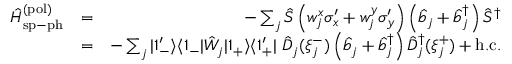
\begin{array} { r l r } { \hat { H } _ { \mathrm { s p - p h } } ^ { \mathrm { ( p o l ) } } } & { = } & { - \sum _ { j } \hat { S } \left( w _ { j } ^ { x } \sigma _ { x } ^ { \prime } + w _ { j } ^ { y } \sigma _ { y } ^ { \prime } \right) \left( \hat { b } _ { j } + \hat { b } _ { j } ^ { \dagger } \right) \hat { S } ^ { \dagger } } \\ & { = } & { - \sum _ { j } | 1 _ { - } ^ { \prime } \rangle \langle 1 _ { - } | \hat { W } _ { j } | 1 _ { + } \rangle \langle 1 _ { + } ^ { \prime } | \ \hat { D } _ { j } ( \xi _ { j } ^ { - } ) \left( \hat { b } _ { j } + \hat { b } _ { j } ^ { \dagger } \right) \hat { D } _ { j } ^ { \dagger } ( \xi _ { j } ^ { + } ) + \mathrm { h . c . } } \end{array}